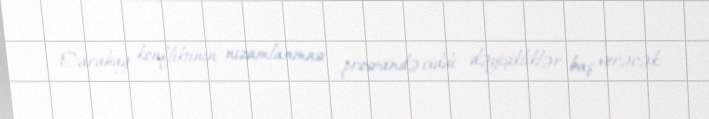
Qarabağ konfliktinin nizamlanması prosesində ciddi dəyişikliklər baş verəcək.